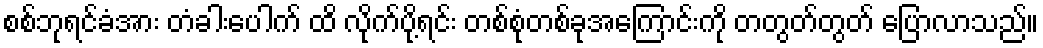
စစ်ဘုရင်ခံအား တံခါးပေါက် ထိ လိုက်ပို့ရင်း တစ်စုံတစ်ခုအကြောင်းကို တတွတ်တွတ် ပြောလာသည်။